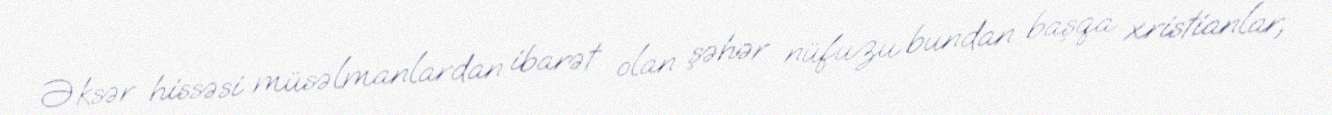
Əksər hissəsi müsəlmanlardan ibarət olan şəhər nüfuzu bundan başqa xristianlar,